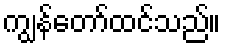
ကျွန်တော်ထင်သည်။